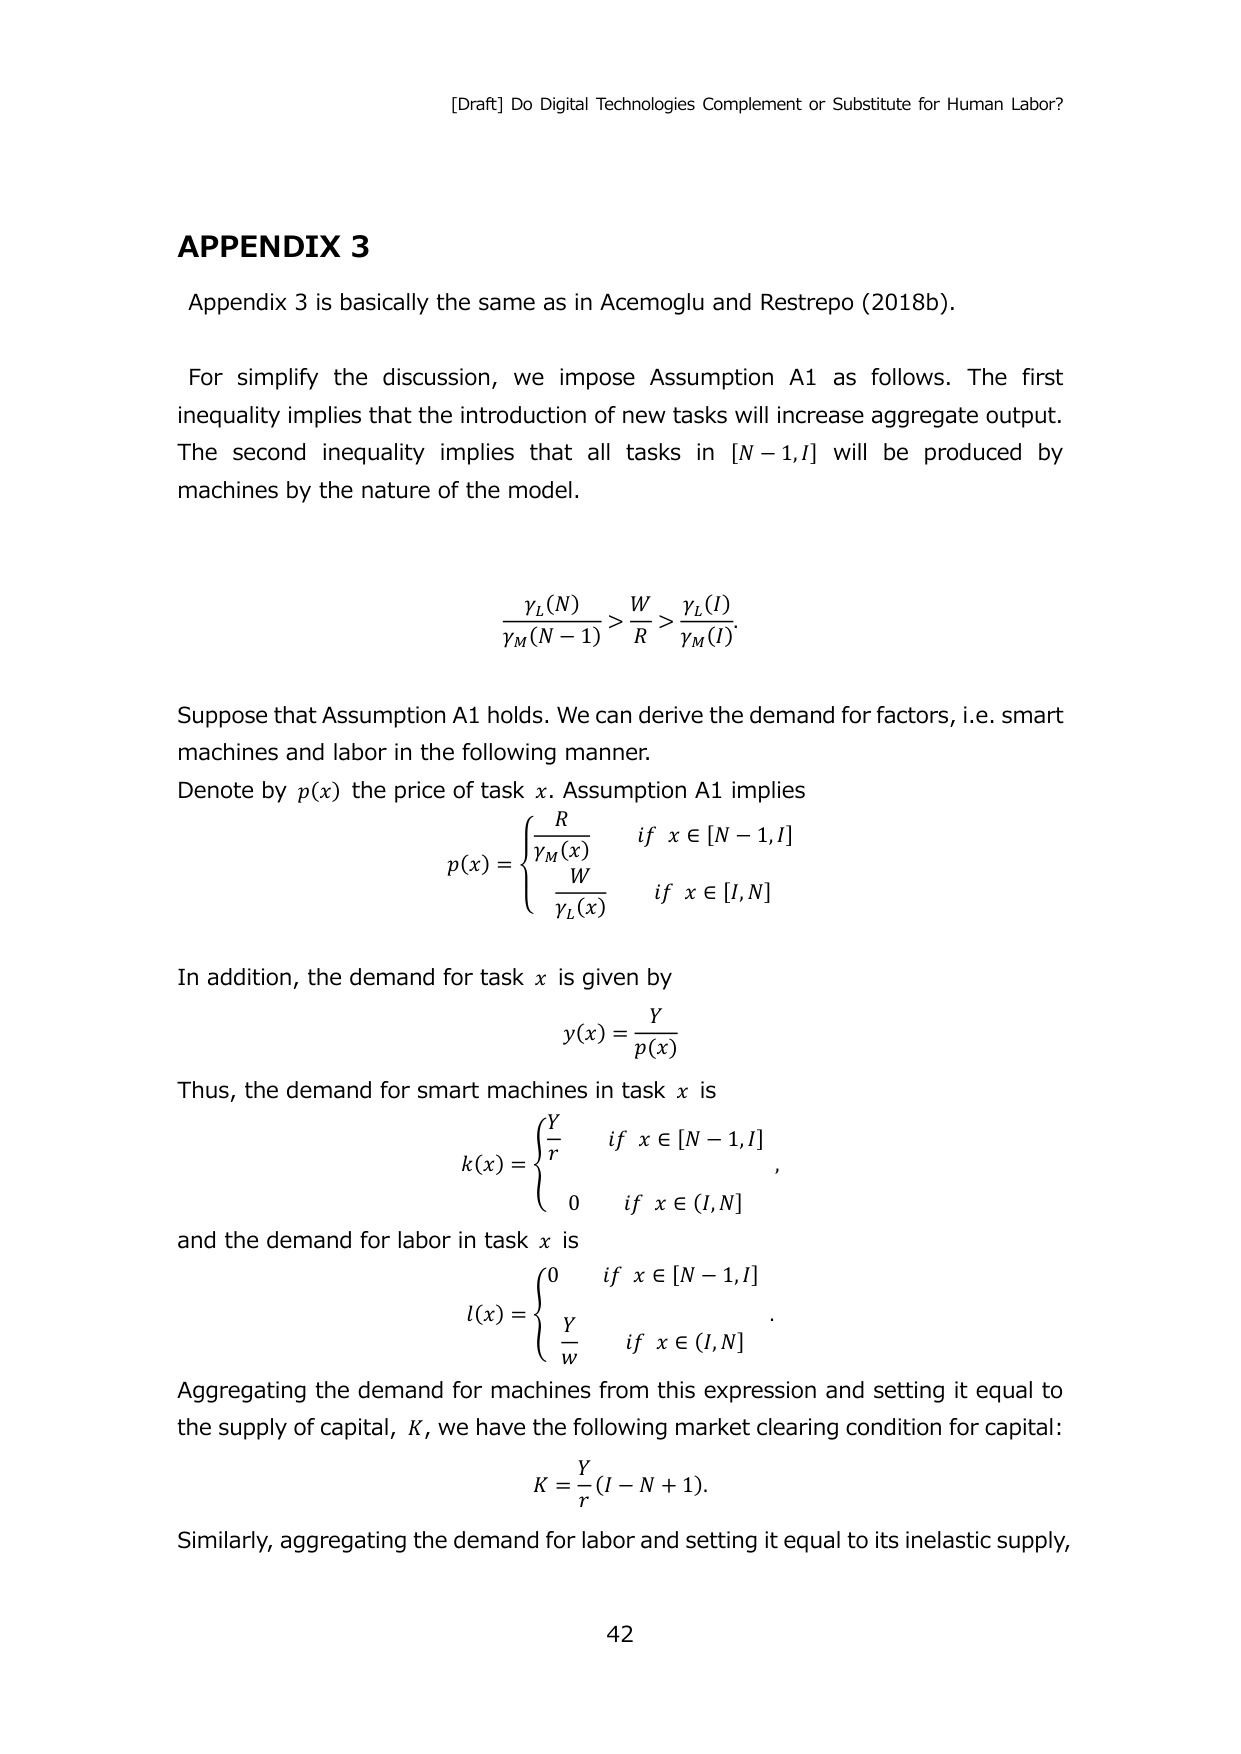
[Draft] Do Digital Technologies Complement or Substitute for Human Labor?

APPENDIX 3

Appendix 3 is basically the same as in Acemoglu and Restrepo (2018b).

For simplify the discussion, we impose Assumption A1 as follows. The first inequality implies that the introduction of new tasks will increase aggregate output. The second inequality implies that all tasks in [N−1,I] will be produced by machines by the nature of the model.

γ_L(N)/γ_M(N−1) > W/R > γ_L(I)/γ_M(I)

Suppose that Assumption A1 holds. We can derive the demand for factors, i.e. smart machines and labor in the following manner.
Denote by p(x) the price of task x. Assumption A1 implies
p(x) = { R/γ_M(x)   if x ∈ [N−1,I]
        W/γ_L(x)   if x ∈ [I,N] }

In addition, the demand for task x is given by
y(x) = Y/p(x)

Thus, the demand for smart machines in task x is
k(x) = { Y/r   if x ∈ [N−1,I]
         0     if x ∈ (I,N] }

and the demand for labor in task x is
l(x) = { 0     if x ∈ [N−1,I]
         Y/w   if x ∈ (I,N] }

Aggregating the demand for machines from this expression and setting it equal to the supply of capital, K, we have the following market clearing condition for capital:
K = Y/r (I−N+1)

Similarly, aggregating the demand for labor and setting it equal to its inelastic supply,

42